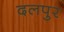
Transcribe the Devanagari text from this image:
दलपुर